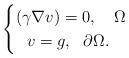
LaTeX: \begin{align*} \begin{cases} (\gamma \nabla v) = 0, \ \ \ \Omega \\ \ \ v = g, \ \ \partial \Omega.\end{cases} \end{align*}